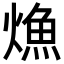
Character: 龽